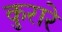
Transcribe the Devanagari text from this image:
कुरारे